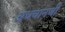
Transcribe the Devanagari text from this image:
अधचानणी